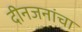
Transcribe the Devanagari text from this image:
दीनजनांचा